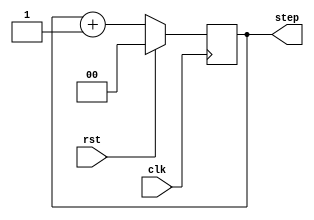
module step(clk, step, rst);
//Clock - Delayed
input clk;
//Reset step to 0
input rst;
//2 bit step
output reg [1:0] step;

always @ (posedge clk)
begin
	if(rst)
		begin
			step <= 0;
		end
	else
		begin
			step <= #1 step + 1;
		end
end

endmodule